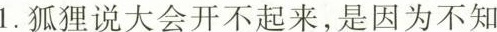
1.狐狸说大会开不起来，是因为不知